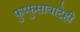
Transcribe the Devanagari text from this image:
फुप्फुसावाटेही